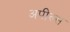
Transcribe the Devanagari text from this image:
अपील्‍स